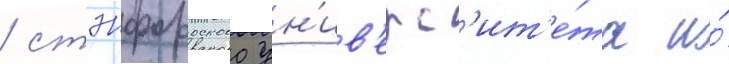
/ стэнфордского ун'ив'ерс'ит'е́та и́